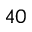
4 0